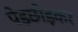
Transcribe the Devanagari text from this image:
पेड़छोड़कर